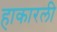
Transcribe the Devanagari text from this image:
हाकारली